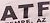
ATF